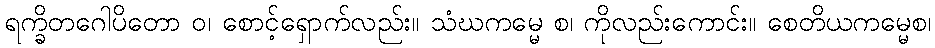
ရက္ခိတဂေါပိတော ဝ၊ စောင့်ရှောက်လည်း။ သံဃကမ္မေ စ၊ ကိုလည်းကောင်း။ စေတိယကမ္မေစ၊